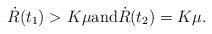
LaTeX: \begin{align*}\dot{R}(t_{1})>K\mu \mbox{and} \dot{R}(t_{2})=K\mu. \end{align*}